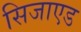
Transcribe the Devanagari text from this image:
सिजाएड